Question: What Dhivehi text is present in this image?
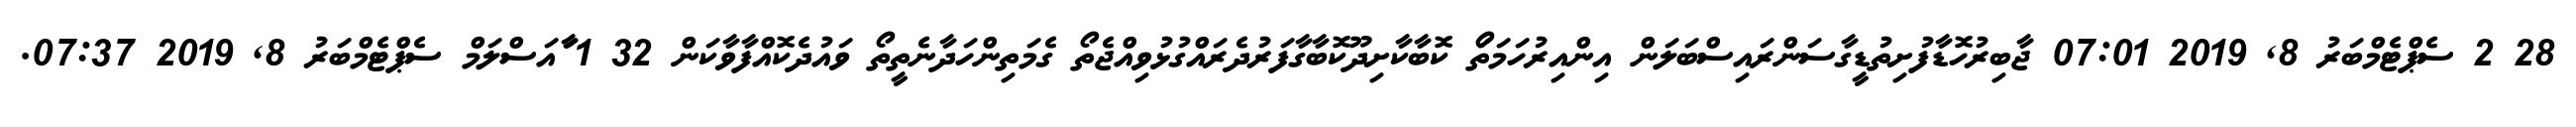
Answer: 28 2 ސެޕްޓެމްބަރު 8, 2019 07:01 ޖާބިރުހޮޑާފުށިތުޑީގާސަންރައިސްބަލަން އިންއިރުހަމަތަޯ ކޮބާކާށިދޫކޮބާގާފަރުދެރައްގުޅުވިއްޖެތޯ ގެމަތިންހަދާނެތީތޯ ވައުދެކޮއްފާވާކަން 32 1 ާައަސްލަމް ސެޕްޓެމްބަރު 8, 2019 07:37.